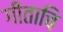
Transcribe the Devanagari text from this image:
गीताचि